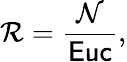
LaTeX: {\mathcal R}={\frac{\mathcal N}{\sf Euc}},